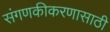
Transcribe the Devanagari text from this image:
संगणकीकरणासाठी